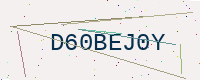
Text: D60BEJ0Y